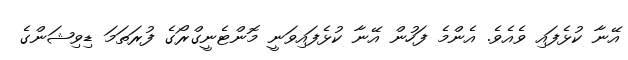
އޭނާ ކުޅެފައި ވެއެވެ. އެންމެ ފަހުން އޭނާ ކުޅެފައިވަނީ މޮންޓެނީގްރޯގެ ފުރަތަމަ ޑިވިޝަންގެ